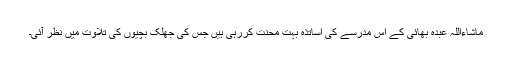
ماشاءاللہ عبدہ بھائی کے اس مدرسے کی اساتذہ بہت محنت کررہی ہیں جس کی جھلک بچیوں کی تلاوت میں نظر آئی۔